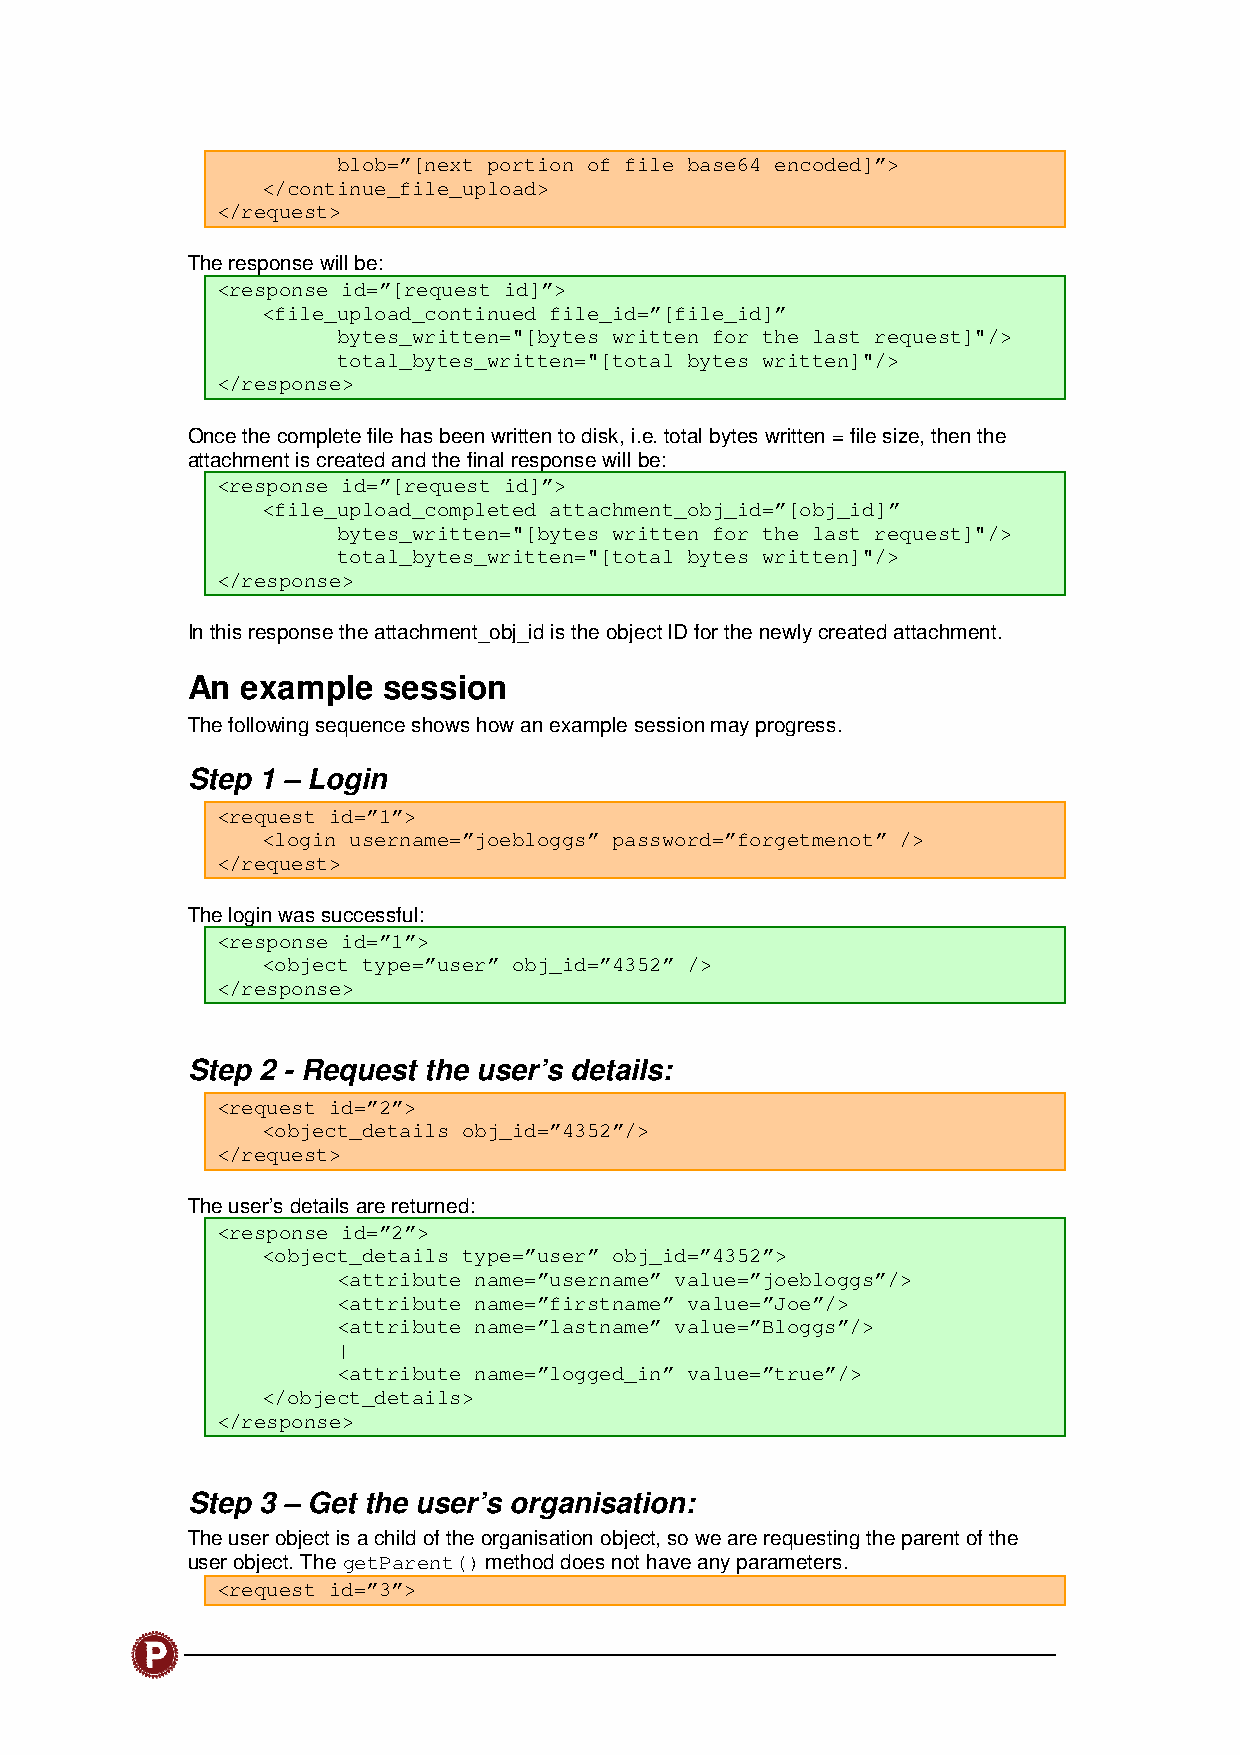
blob=”[next portion of file base64 encoded]”>
 </continue_file_upload>
 </request>
 The response will be:
 <response id=”[request id]”>
 <file_upload_continued file_id=”[file_id]”
 bytes_written="[bytes written for the last request]"/>
 total_bytes_written="[total bytes written]"/>
 </response>
 Once the complete file has been written to disk, i.e. total bytes written = file size, then the
 attachment is created and the final response will be:
 <response id=”[request id]”>
 <file_upload_completed attachment_obj_id=”[obj_id]”
 bytes_written="[bytes written for the last request]"/>
 total_bytes_written="[total bytes written]"/>
 </response>
 In this response the attachment_obj_id is the object ID for the newly created attachment.
 An  example  session
 The following sequence shows how an example session may progress.
 Step 1 – Login
 <request id=”1”>
 <login username=”joebloggs” password=”forgetmenot” />
 </request>
 The login was successful:
 <response id=”1”>
 <object type=”user” obj_id=”4352” />
 </response>
 Step 2 - Request the user’s details:
 <request id=”2”>
 <object_details obj_id=”4352”/>
 </request>
 The user’s details are returned:
 <response id=”2”>
 <object_details type=”user” obj_id=”4352”>
 <attribute name=”username” value=”joebloggs”/>
 <attribute name=”firstname” value=”Joe”/>
 <attribute name=”lastname” value=”Bloggs”/>
 |
 <attribute name=”logged_in” value=”true”/>
 </object_details>
 </response>
 Step 3 – Get the user’s organisation:
 The user object is a child of the organisation object, so we are requesting the parent of the
 user object. The getParent() method does not have any parameters.
 <request id=”3”>